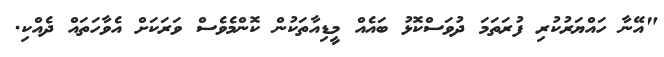
"އޭނާ ހައްޔަރުކުރި ފުރަތަަމަ ދުވަސްކޮޅު ބައެއް މީީޑިއާތަކުން ކޮންމެވެސް ވަރަކަށް އެވާހަތައް ދެއްކި.